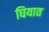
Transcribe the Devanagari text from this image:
घियात